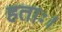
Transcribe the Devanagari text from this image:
हताः।